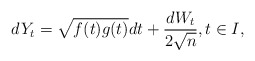
\begin{align*} dY_t=\sqrt{f(t)g(t)}dt+\frac{dW_t}{2\sqrt{n}},t\in I,\end{align*}